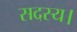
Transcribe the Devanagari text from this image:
सदस्‍य।